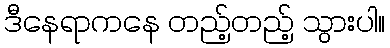
ဒီနေရာကနေ တည့်တည့် သွားပါ။